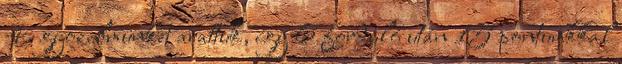
4. győzelmünket arattuk, így 6 forduló után 15 pontunkkal